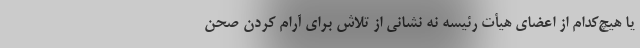
یا هیچ‌کدام از اعضای هیأت رئیسه نه نشانی از تلاش برای آرام کردن صحن